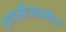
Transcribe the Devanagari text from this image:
पणजीजवळील